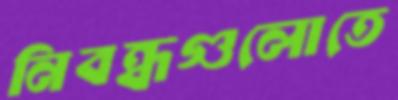
নিবন্ধগুলোতে